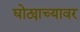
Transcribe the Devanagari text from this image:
घोट्याच्यावर